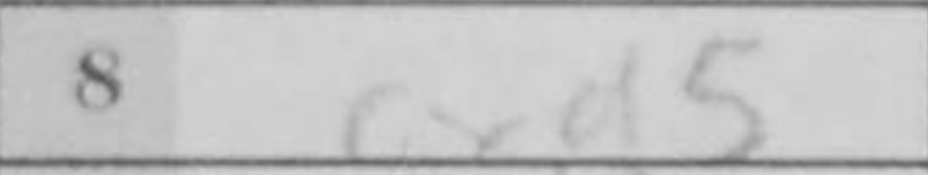
Transcription: cxd5